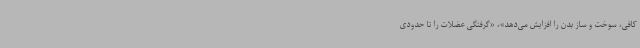
کافی، سوخت و ساز بدن را افزایش می‌دهد»، «گرفتگی عضلات را تا حدودی